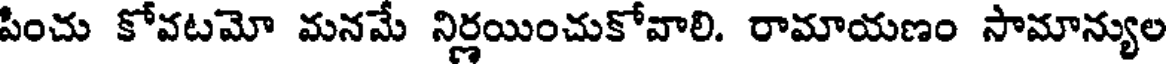
పించు కోవటమో మనమే నిర్ణయించుకోవాలి. రామాయణం సామాన్యుల